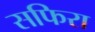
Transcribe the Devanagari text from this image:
सफिरा